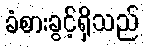
ခံစားခွင့်ရှိသည်